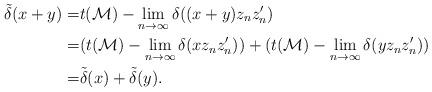
LaTeX: \begin{align*}\tilde{\delta}(x+y)=&t(\mathcal M)-{\lim_{n \to \infty}\delta((x+y)z_nz_n')}\\=&(t(\mathcal M)-{\lim_{n \to \infty}\delta(xz_nz_n')})+(t(\mathcal M)-{\lim_{n \to \infty}\delta(yz_nz_n')})\\=&\tilde{\delta}(x)+\tilde{\delta}(y).\end{align*}